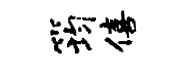
筠僖